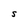
Character: S